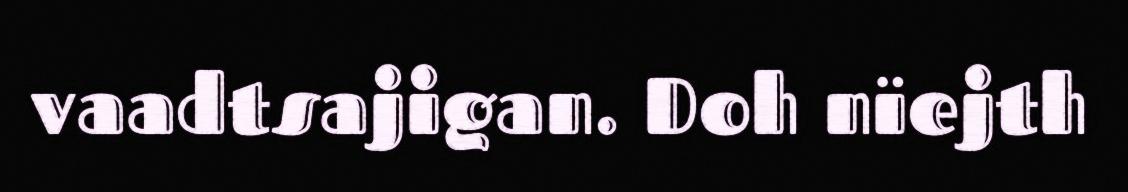
vaadtsajigan. Doh nïejth